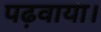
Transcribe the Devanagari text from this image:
पढ़वाया।